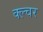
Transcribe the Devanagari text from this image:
क्ल्चर